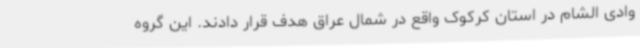
وادی الشام در استان کرکوک واقع در شمال عراق هدف قرار دادند. این گروه